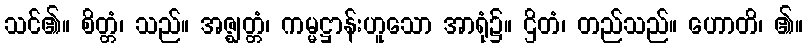
သင်၏။ စိတ္တံ၊ သည်။ အဇ္ဈတ္တံ၊ ကမ္မဋ္ဌာန်းဟူသော အာရုံ၌။ ဌိတံ၊ တည်သည်။ ဟောတိ၊ ၏။